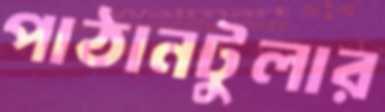
পাঠানটুলার